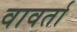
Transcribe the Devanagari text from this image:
वावर्ता